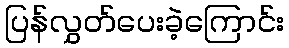
ပြန်လွှတ်ပေးခဲ့ကြောင်း